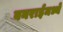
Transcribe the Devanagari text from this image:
वनराईमध्ये